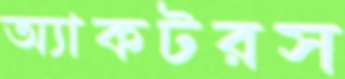
অ্যাকটরস